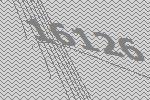
16126